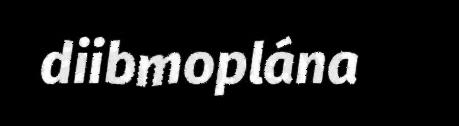
diibmoplána